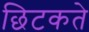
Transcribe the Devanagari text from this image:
छिटकते